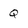
Character: Q